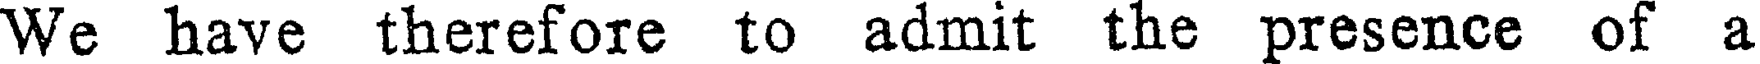
We have therefore to admit the presence of a